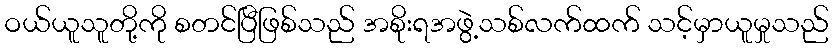
ဝယ်ယူသူတို့ကို စတင်ပြီဖြစ်သည် အစိုးရအဖွဲ့သစ်လက်ထက် သင့်မှာယူမှုသည်